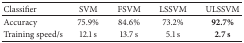
<table><thead><tr><td><b>Classifier</b></td><td><b>SVM</b></td><td><b>FSVM</b></td><td><b>LSSVM</b></td><td><b>ULSSVM</b></td></tr></thead><tbody><tr><td>Accuracy</td><td>75.9%</td><td>84.6%</td><td>73.2%</td><td><b>92.7%</b></td></tr><tr><td>Training speed/s</td><td>12.1 s</td><td>13.7 s</td><td>5.1 s</td><td><b>2.7 s</b></td></tr></tbody></table>